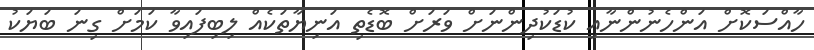
ހާއްސަކޮށް އަންހެނުންނާއި ކުޑަކުދިންނަށް ވަރަށް ބޮޑެތި އަނިޔާތަކެއް ލިބިފައިވާ ކަމަށް ގިނަ ބަޔަކު